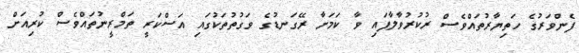
ފެންވަރުގެ ހަތިޔާރުތައްވެސް ރުކުރުވާލާފައި ވާ ކަމަށާ ރޭގަނޑުގެ ވަގުތުތަކުގައި އަސްކަރީ ތަމްރީނުތައްވެސް ކުރިއަށް